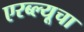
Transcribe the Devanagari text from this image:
एरब्ल्यूचा